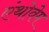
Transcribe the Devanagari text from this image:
एंथोवेम